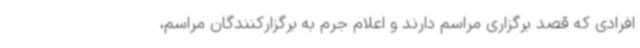
افرادی که قصد برگزاری مراسم دارند و اعلام جرم به برگزارکنندگان مراسم،